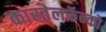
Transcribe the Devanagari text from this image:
कास्तेलफ्रॅन्को